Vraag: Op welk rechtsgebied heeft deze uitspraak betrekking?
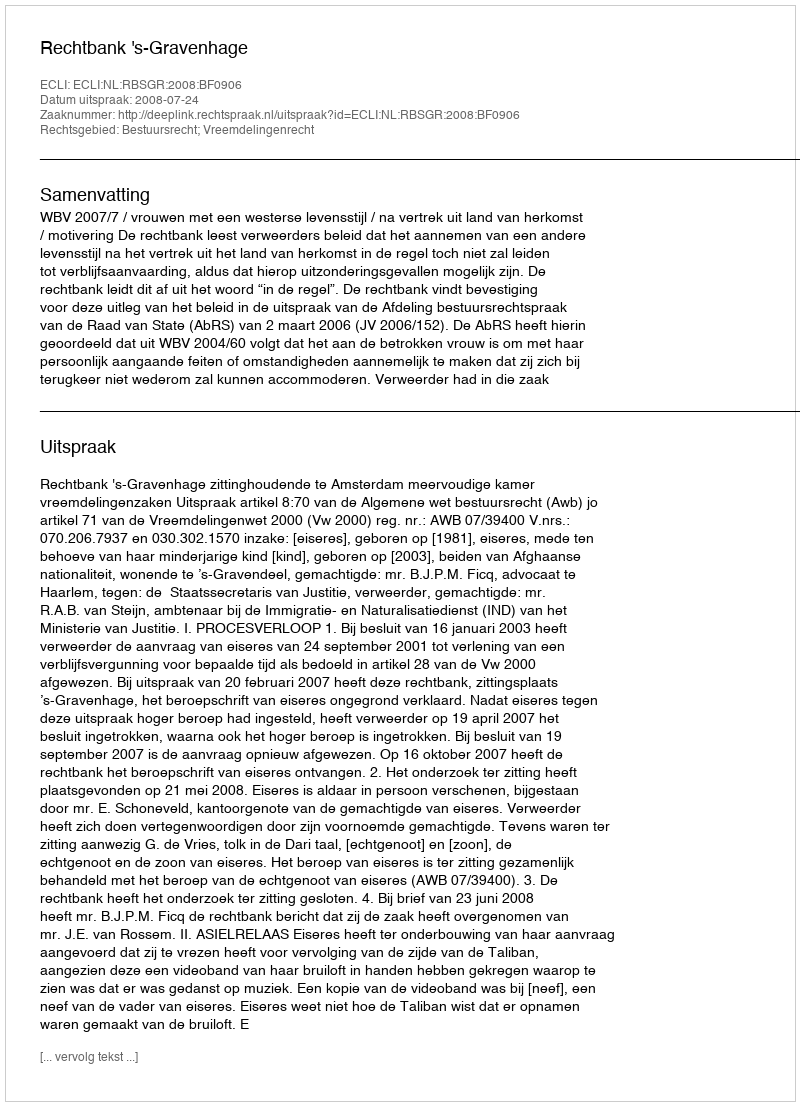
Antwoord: Bestuursrecht; Vreemdelingenrecht